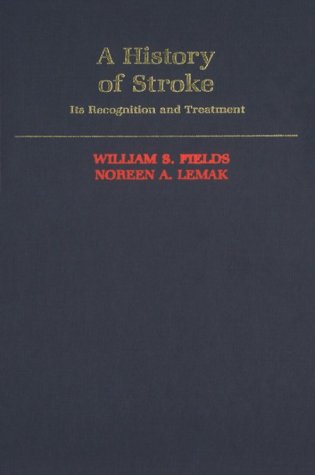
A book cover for A History of Stroke: Its Recognition and Treatment; William S. Fields; Health, Fitness & Dieting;